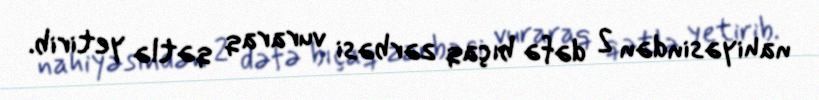
nahiyəsindən 2 dəfə bıçaq zərbəsi vuraraq qətlə yetirib.